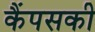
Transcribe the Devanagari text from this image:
कैंपसकी